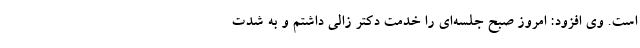
است. وی افزود: امروز صبح جلسه‌ای را خدمت دکتر زالی داشتم و به شدت